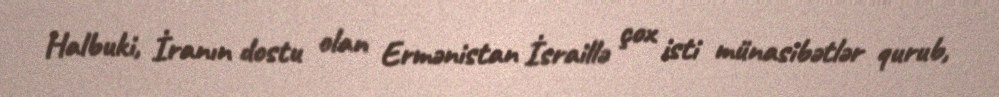
Halbuki, İranın dostu olan Ermənistan İsraillə çox isti münasibətlər qurub,